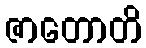
ဇာတောတိ